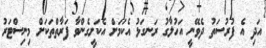
އަދި އެ ފުރުސަތު ދެވޭނީ އަހުލާގު ރަނގަޅު އެކަމަށް އެކަށީގެންވާ ފަރާތްތަކަށް މިނިސްޓަރު